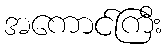
အကောင်ကြီး